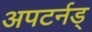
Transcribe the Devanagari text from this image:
अपटर्नड्